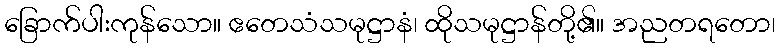
ခြောက်ပါးကုန်သော။ ဧတေသံသမုဋ္ဌာနံ၊ ထိုသမုဋ္ဌာန်တို့၏။ အညတရတော၊